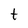
Character: t